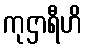
ကုဌာရီဟိ